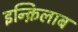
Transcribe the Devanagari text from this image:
इन्क़िलाब